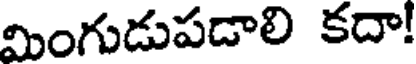
మింగుడుపడాలి కదా!